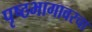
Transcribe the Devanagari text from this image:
पृष्ठभागावरचा